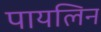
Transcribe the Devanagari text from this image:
पायलिन